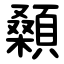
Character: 顙